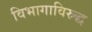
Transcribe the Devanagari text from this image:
विभागाविरुद्ध